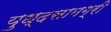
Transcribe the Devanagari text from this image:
युध्दसामग्री